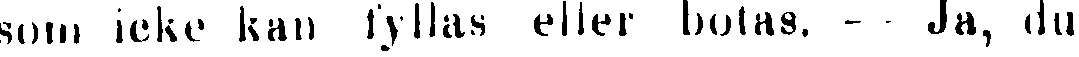
som icke kan fyllas eller botas. - Ja, du